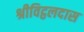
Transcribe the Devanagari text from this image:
श्रीविट्ठलदास